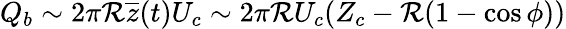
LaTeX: Q_{b}\sim2\pi\mathcal{R}\overline{{{z}}}(t)U_{c}\sim2\pi\mathcal{R}U_{c}(Z_{c}-\mathcal{R}(1-\cos\phi))